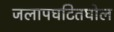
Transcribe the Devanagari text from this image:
जलापघटितघोल